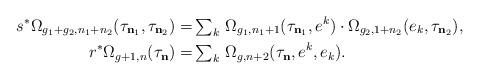
LaTeX: \begin{align*}s^*\Omega_{g_1+g_2,n_1+n_2}(\tau_{\mathbf n_1}, \tau_{\mathbf n_2} ) =&\, {\textstyle \sum_k} \ \Omega_{g_1,n_1+1}(\tau_{\mathbf n_1},e^k) \cdot\Omega_{g_2,1+n_2} (e_k,\tau_{\mathbf n_2}),\\ r^*\Omega_{g+1,n}(\tau_{\mathbf n})=&\, {\textstyle \sum_k} \ \Omega_{g,n+2} (\tau_{\mathbf n},e^k,e_k ).\end{align*}